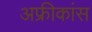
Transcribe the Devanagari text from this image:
अफ्रीकांस